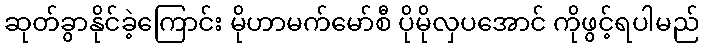
ဆုတ်ခွာနိုင်ခဲ့ကြောင်း မိုဟာမက်မော်စီ ပိုမိုလှပအောင် ကိုဖွင့်ရပါမည်